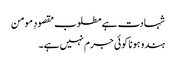
شہادت ہے مطلوب مقصودِ مومن
ہندو ہونا کوئی جرم نہیں ہے۔